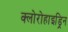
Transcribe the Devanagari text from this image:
क्लोरोहाइड्रिन